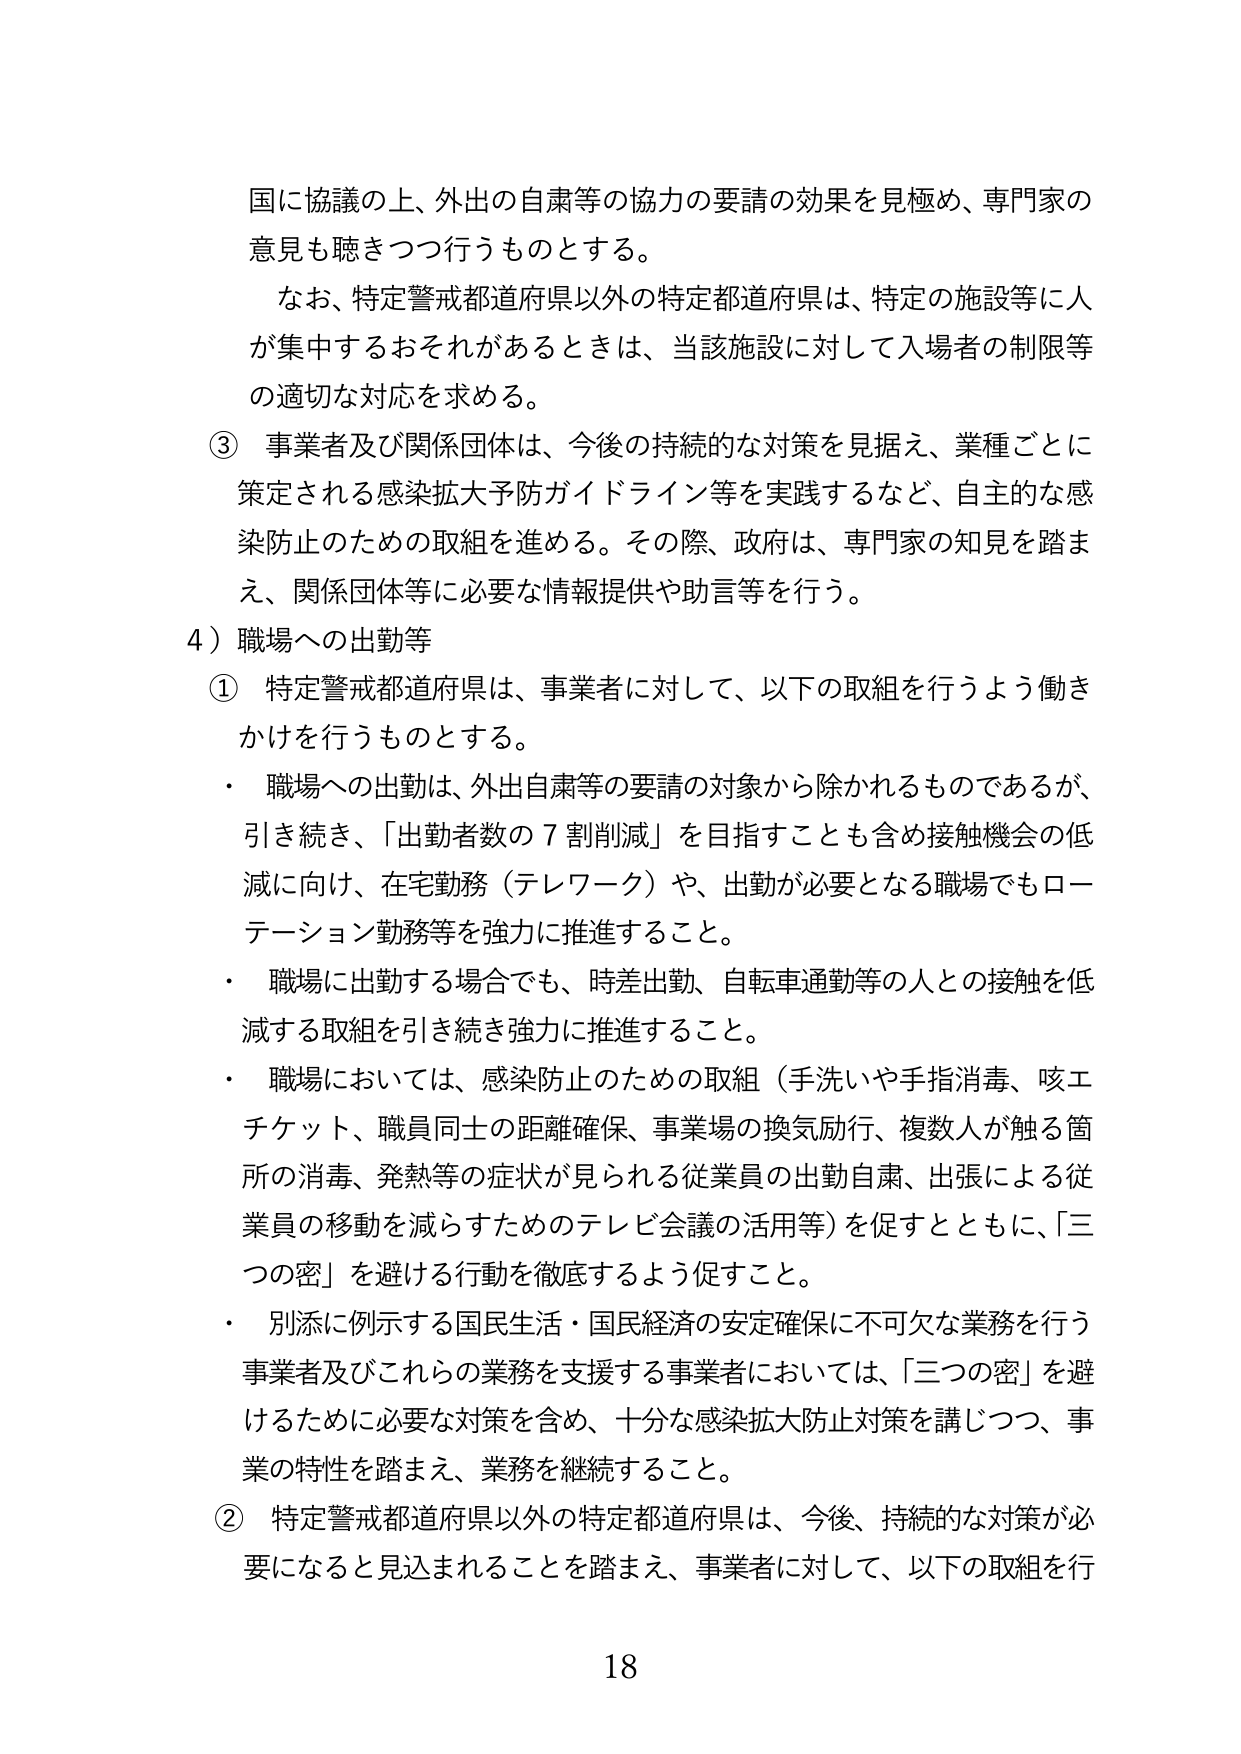
国に協議の上、外出の自粛等の協力の要請の効果を見極め、専門家の意見を聴きつつ行うものとする。

なお、特定警戒都道府県以外の特定都道府県は、特定の施設等に人が集中するおそれがあるときは、当該施設に対して入場者の制限等の適切な対応を求める。

③ 事業者及び関係団体は、今後の持続的な対策を見据え、業種ごとに策定される感染拡大予防ガイドライン等を実践するなど、自主的な感染防止のための取組を進める。その際、政府は、専門家の知見を踏まえ、関係団体等に必要な情報提供や助言等を行う。

4）職場への出勤等

① 特定警戒都道府県は、事業者に対して、以下の取組を行うよう働きかけを行うものとする。

・ 職場への出勤は、外出自粛等の要請の対象から除かれるものであるが、引き続き、「出勤者数の７割削減」を目指すことも含め接触機会の低減に向け、在宅勤務（テレワーク）や、出勤が必要となる職場でもローテーション勤務等を強力に推進すること。

・ 職場に出勤する場合でも、時差出勤、自転車通勤等の人との接触を低減する取組を引き続き強力に推進すること。

・ 職場においては、感染防止のための取組（手洗いや手指消毒、咳エチケット、職員同士の距離確保、事業場の換気励行、複数人が触る箇所の消毒、発熱等の症状が見られる従業員の出勤自粛、出張による従業員の移動を減らすためのテレビ会議の活用等）を促すとともに、「三つの密」を避ける行動を徹底するよう促すこと。

・ 別添に例示する国民生活・国民経済の安定確保に不可欠な業務を行う事業者及びこれらの業務を支援する事業者においては、「三つの密」を避けるために必要な対策を含め、十分な感染拡大防止対策を講じつつ、事業の特性を踏まえ、業務を継続すること。

② 特定警戒都道府県以外の特定都道府県は、今後、持続的な対策が必要になると見込まれることを踏まえ、事業者に対して、以下の取組を行

18